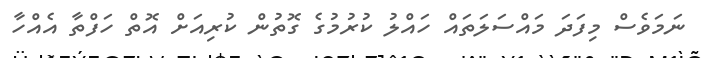
ނަމަވެސް މިފަދަ މައްސަލަތައް ހައްލު ކުރުމުގެ ގޮތުން ކުރިއަށް އޮތް ހަފްތާ އެއްހާ